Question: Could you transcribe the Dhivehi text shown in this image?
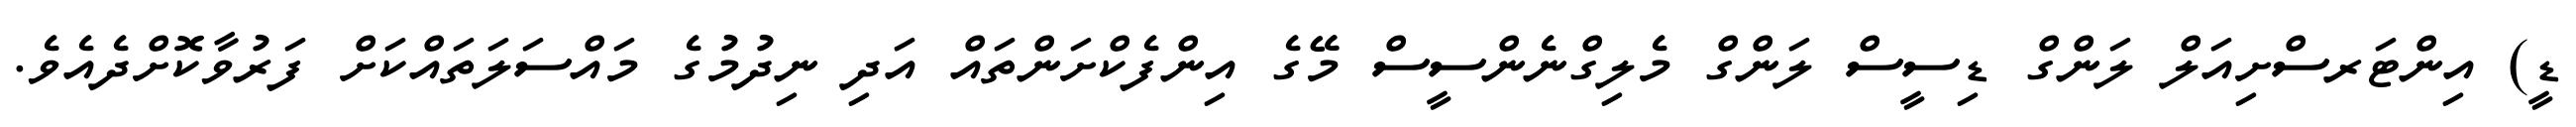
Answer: ޑީ) އިންޓަރސްށިއަލް ލަންގް ޑިސީސް ލަންގް މެލިގްނެންސީސް މޭގެ އިންފެކްށަންތައް އަދި ނިދުމުގެ މައްސަލަތައްކަށް ފަރުވާކޮށްދެއެވެ.